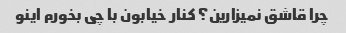
چرا قاشق نمیزارین؟ کنار خیابون با چی بخورم اینو